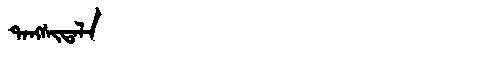
Manchu: ᡨᠠᠩᠰᡳᡨᠠᠯᠠ
Romanization: TANGSITALA